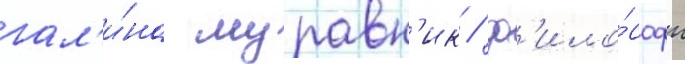
гал'и́на муравн'ик / ф'ило́софы